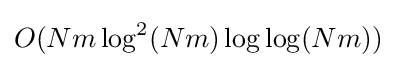
O(Nm\log ^{2}(Nm)\log \log(Nm))